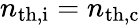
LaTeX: n_{\mathrm{th,i}}=n_{\mathrm{th,c}}